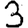
Digit: 3